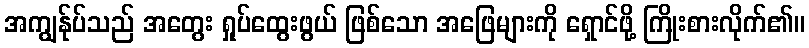
အကျွန်ုပ်သည် အတွေး ရှုပ်ထွေးဖွယ် ဖြစ်သော အဖြေများကို ရှောင်ဖို့ ကြိုးစားလိုက်၏။